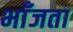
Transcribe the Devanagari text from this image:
भाँजता